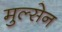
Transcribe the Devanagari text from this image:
मुल्सेन